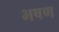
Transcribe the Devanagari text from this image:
भषण